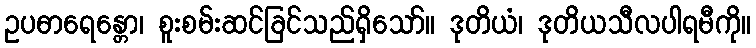
ဥပဓာရေန္တော၊ စူးစမ်းဆင်ခြင်သည်ရှိသော်။ ဒုတိယံ၊ ဒုတိယသီလပါရမီကို။